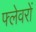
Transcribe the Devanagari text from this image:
फ्लेवरों